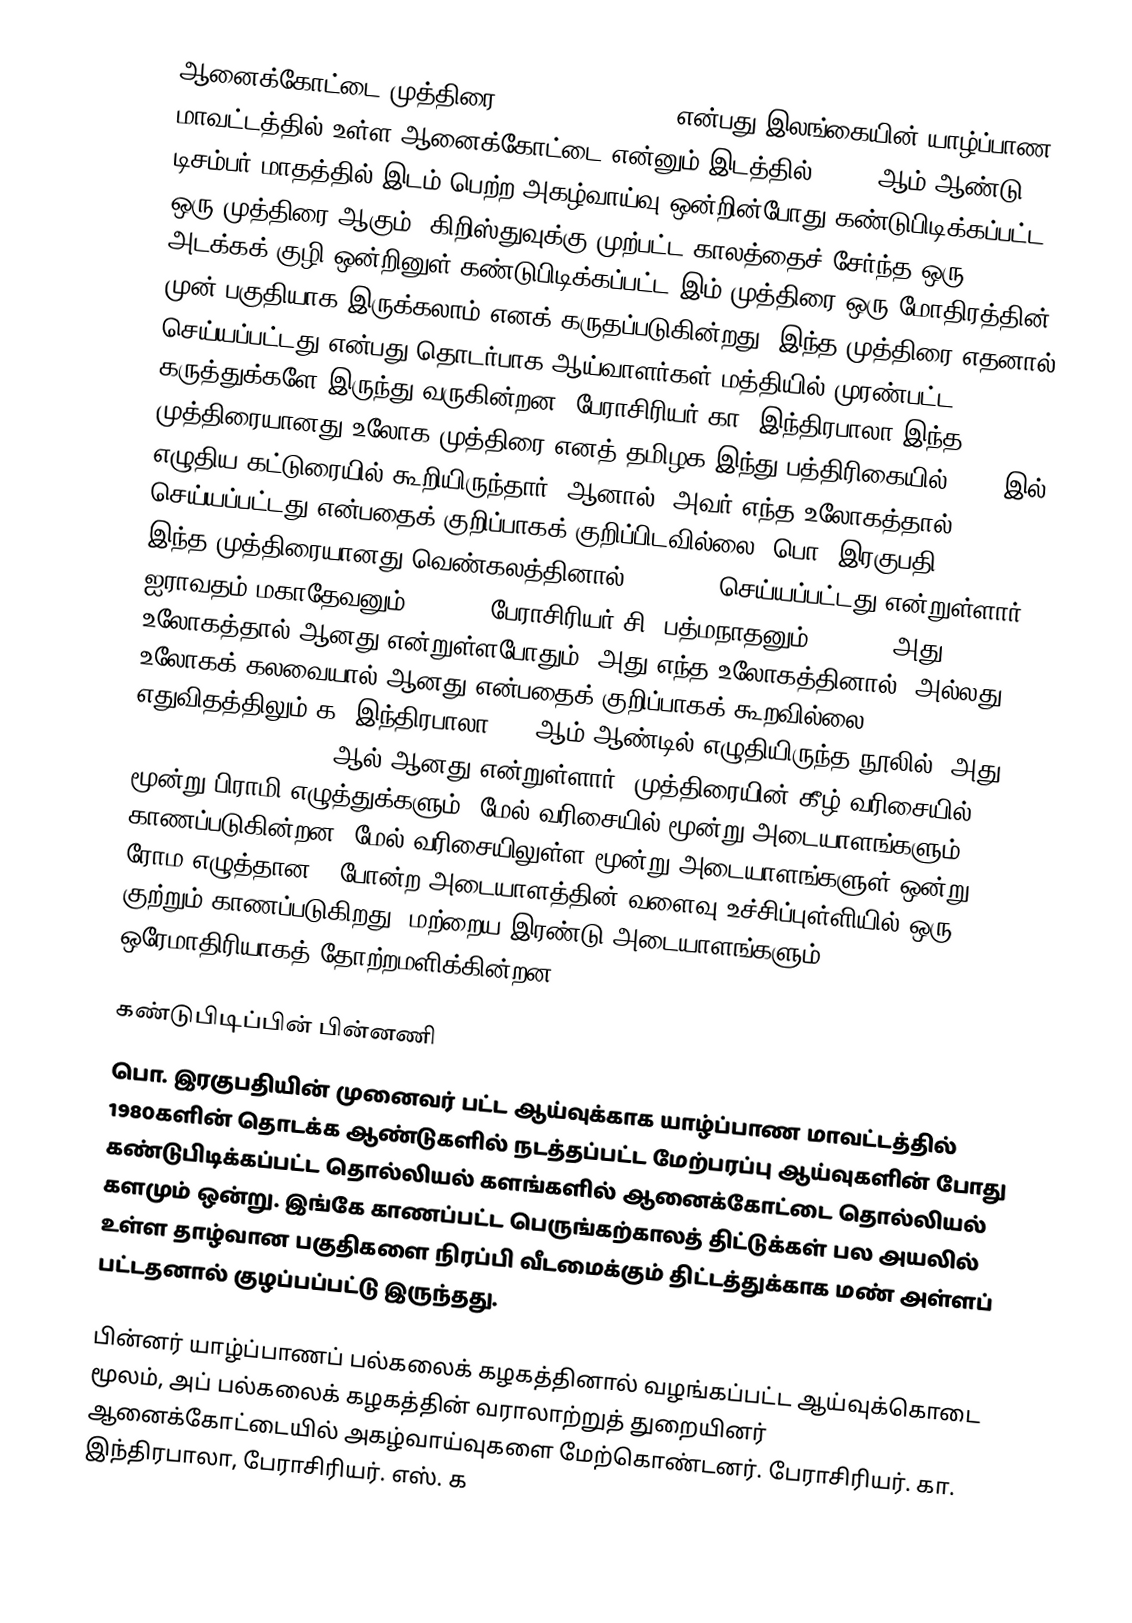
ஆனைக்கோட்டை முத்திரை (Anaicoddai Seal) என்பது இலங்கையின் யாழ்ப்பாண மாவட்டத்தில் உள்ள ஆனைக்கோட்டை என்னும் இடத்தில், 1980 ஆம் ஆண்டு டிசம்பர் மாதத்தில் இடம் பெற்ற அகழ்வாய்வு ஒன்றின்போது கண்டுபிடிக்கப்பட்ட ஒரு முத்திரை ஆகும். கிறிஸ்துவுக்கு முற்பட்ட காலத்தைச் சேர்ந்த ஒரு அடக்கக் குழி ஒன்றினுள் கண்டுபிடிக்கப்பட்ட இம் முத்திரை ஒரு மோதிரத்தின் முன் பகுதியாக இருக்கலாம் எனக் கருதப்படுகின்றது. இந்த முத்திரை எதனால் செய்யப்பட்டது என்பது தொடர்பாக ஆய்வாளர்கள் மத்தியில் முரண்பட்ட கருத்துக்களே இருந்து வருகின்றன. பேராசிரியர் கா. இந்திரபாலா இந்த முத்திரையானது உலோக முத்திரை எனத் தமிழக இந்து பத்திரிகையில் 1981 இல் எழுதிய கட்டுரையில் கூறியிருந்தார். ஆனால், அவர் எந்த உலோகத்தால் செய்யப்பட்டது என்பதைக் குறிப்பாகக் குறிப்பிடவில்லை. பொ. இரகுபதி (1987) இந்த முத்திரையானது வெண்கலத்தினால் (Bronze) செய்யப்பட்டது என்றுள்ளார். ஐராவதம் மகாதேவனும் (2003), பேராசிரியர் சி. பத்மநாதனும் (2006), அது உலோகத்தால் ஆனது என்றுள்ளபோதும், அது எந்த உலோகத்தினால், அல்லது உலோகக் கலவையால் ஆனது என்பதைக் குறிப்பாகக் கூறவில்லை. எதுவிதத்திலும் க. இந்திரபாலா 2006ஆம் ஆண்டில் எழுதியிருந்த நூலில், அது Steatite (Soapstone) ஆல் ஆனது என்றுள்ளார்.  முத்திரையின் கீழ் வரிசையில் மூன்று பிராமி எழுத்துக்களும், மேல் வரிசையில் மூன்று அடையாளங்களும் காணப்படுகின்றன. மேல் வரிசையிலுள்ள மூன்று அடையாளங்களுள் ஒன்று ரோம எழுத்தான C போன்ற அடையாளத்தின் வளைவு உச்சிப்புள்ளியில் ஒரு குற்றும் காணப்படுகிறது. மற்றைய இரண்டு அடையாளங்களும், ஒரேமாதிரியாகத் தோற்றமளிக்கின்றன.

கண்டுபிடிப்பின் பின்னணி
பொ. இரகுபதியின் முனைவர் பட்ட ஆய்வுக்காக யாழ்ப்பாண மாவட்டத்தில் 1980களின் தொடக்க ஆண்டுகளில் நடத்தப்பட்ட மேற்பரப்பு ஆய்வுகளின் போது கண்டுபிடிக்கப்பட்ட தொல்லியல் களங்களில் ஆனைக்கோட்டை தொல்லியல் களமும் ஒன்று. இங்கே காணப்பட்ட பெருங்கற்காலத் திட்டுக்கள் பல அயலில் உள்ள தாழ்வான பகுதிகளை நிரப்பி வீடமைக்கும் திட்டத்துக்காக மண் அள்ளப் பட்டதனால் குழப்பப்பட்டு இருந்தது.

பின்னர் யாழ்ப்பாணப் பல்கலைக் கழகத்தினால் வழங்கப்பட்ட ஆய்வுக்கொடை மூலம், அப் பல்கலைக் கழகத்தின் வராலாற்றுத் துறையினர் ஆனைக்கோட்டையில் அகழ்வாய்வுகளை மேற்கொண்டனர். பேராசிரியர். கா. இந்திரபாலா, பேராசிரியர். எஸ். க